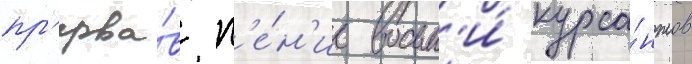
пр'ерва́в п'е́н'ие восьм'и́ курса́нтов